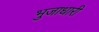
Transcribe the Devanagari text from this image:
भुजाधारी